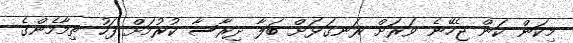
މިކަން ކަން ޖެހޭނެ ވަރަށް ރަނގަޅަށް ބަލާ ދިރާސާ ކުރުމަށް ފަހު ތިމާމެންގެ